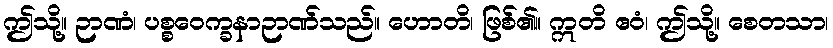
ဤသို့။ ဉာဏံ၊ ပစ္စဝေက္ခနာဉာဏ်သည်။ ဟောတိ၊ ဖြစ်၏။ ဣတိ ဧဝံ၊ ဤသို့။ စေတသာ၊